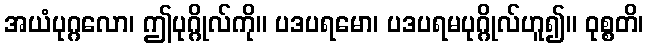
အယံပုဂ္ဂလော၊ ဤပုဂ္ဂိုလ်ကို။ ပဒပရမော၊ ပဒပရမပုဂ္ဂိုလ်ဟူ၍။ ဝုစ္စတိ၊